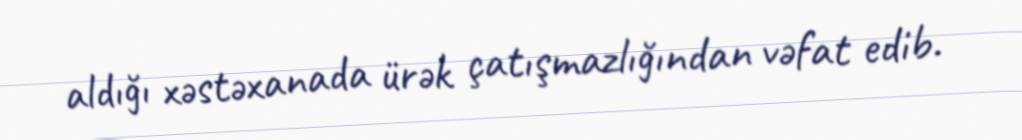
aldığı xəstəxanada ürək çatışmazlığından vəfat edib.